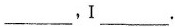
___,I___.